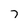
Character: 7